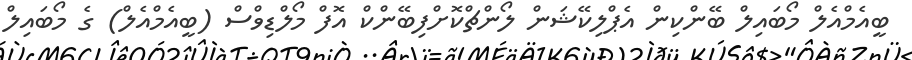
ބީއެމްއެލް މޯބައިލް ބޭންކިން އެޕްލިކޭޝަން ލޯންޗްކޮށްފިބޭންކް އޮފް މޯލްޑިވްސް (ބީއެމްއެލް) ގެ މޯބައިލް